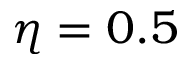
\eta = 0 . 5